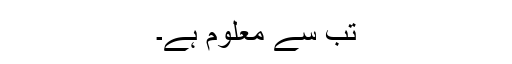
تب سے معلوم ہے۔